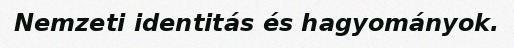
Nemzeti identitás és hagyományok.